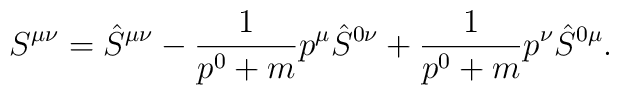
S^{\mu \nu }= \hat{S}^{\mu \nu }-\frac{1}{p^0+m}p^\mu\hat{S}^{0\nu}+  \frac{1}{p^0+m}p^\nu \hat{S}^{0\mu}.